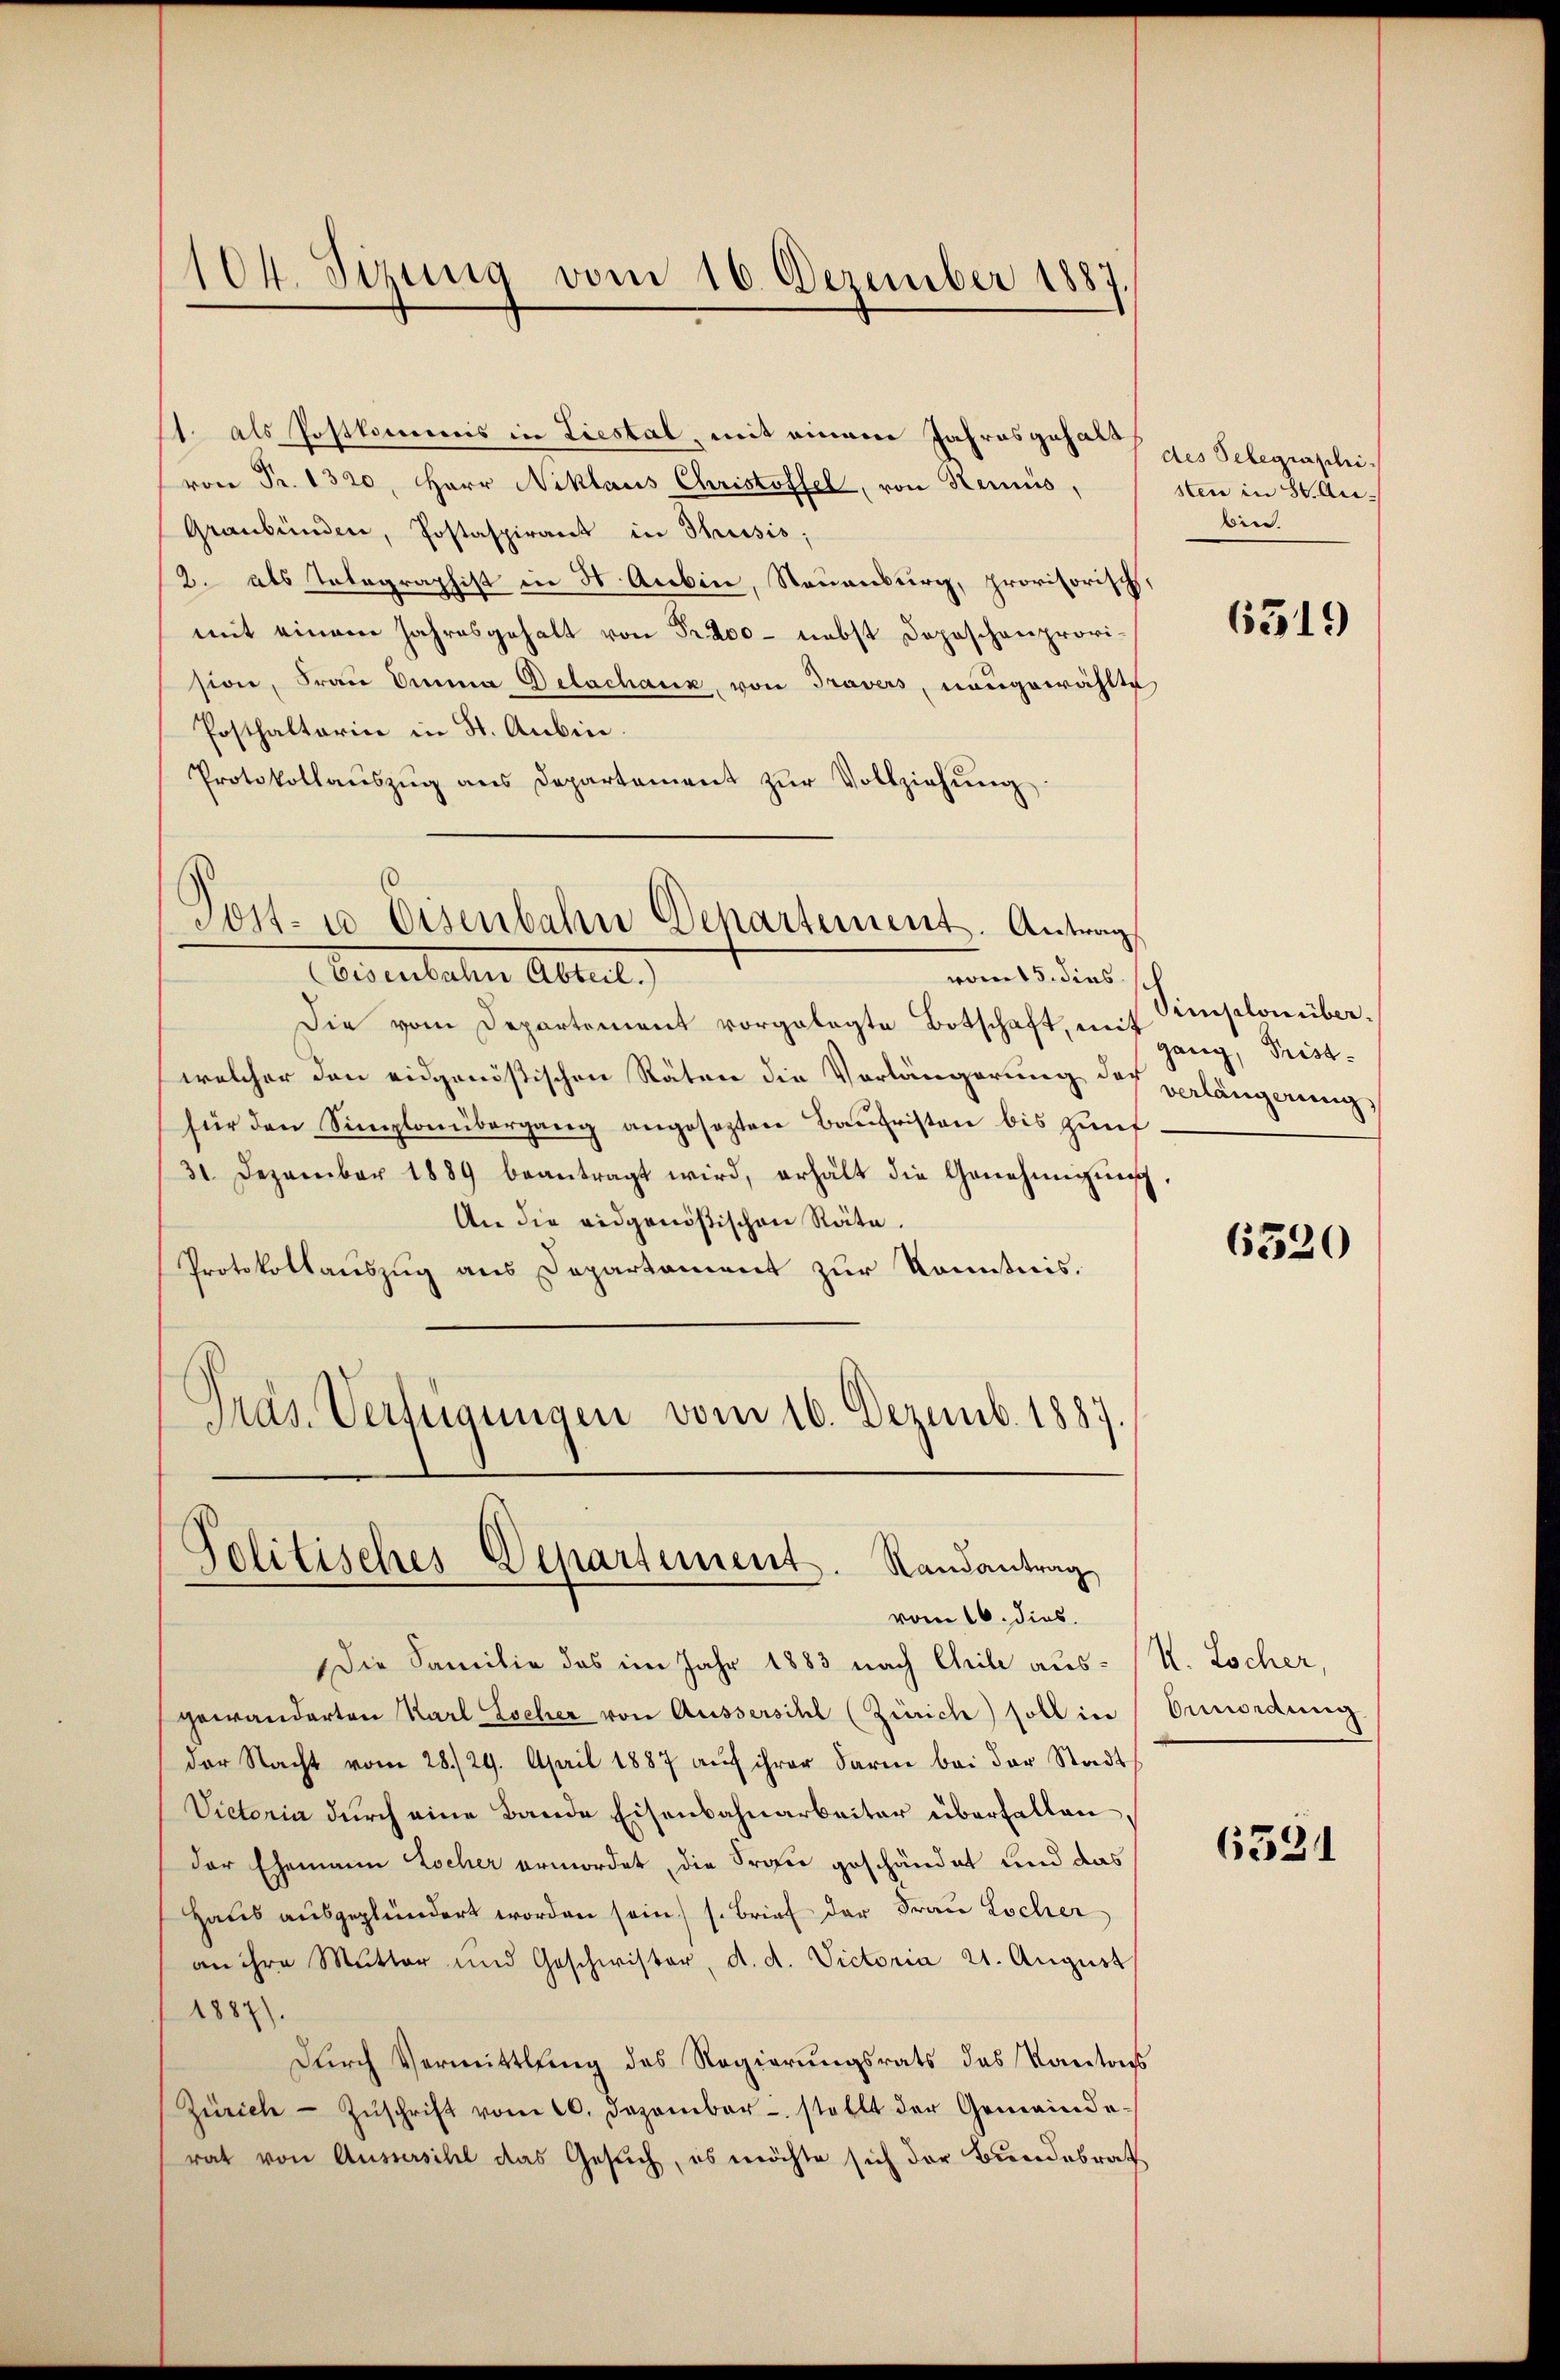
104. Sizung vom 16. Dezember 1887.

1. als Postkommis in Liestal, mit einem Jahresgehalt
von Fr. 1320, Herr Niklaus Christoffel, von Kemnis,
Graubünden, Postaspirant in Thusis;
2. als Telegraphist in H. Aubin, Steuenburg, provisorisch,
mit einem Jahresgehalt von Fr. 200 - nebst Doposchenprovision, Frau Omma Gelachanz, von Travers, neugewählte
Posthalterin in St. Anbin.
Protokollaŭszŭg ans Departement zŭr Vollziehŭng

Post- u Eisenbahn Departement. Antrag
Eesentalen Absent.
ront 5. dies

Politisches Departement. Randantrag

Die vom Departement vorgelegte Botschaft, mit Fristwelcher den eidgenössischen Räten die Vorlängerung des verlängerung
für den Simplonübergang angesezten Baufristen bis Zunf
31 Dezember 1889 beantragt wird, erhält die Genehmigŭng
An die eidgenößischen Räte.
Protokollauszug aus Departament zur Konstnis.
Pras. Verfügungen vom 16. Dezemb. 1887.

des Telegrascheisten in 30. Aubin.

vom 16. dies
Die Familie das im Jahr 1883 nach Chrile ausgewänderten Karl Locher von Äussersihl (Zürich) soll in
der Nacht vom 28./29. April 1887 auf ihrer darme bei der Stadt¬
Victoria durch eine Bande Eisenbahnarbeiter überfallen,
der Ehemann Locher ermordet, die Frau geschändet und das
Haus ausgeplündert worden sein, s. Brief der Frau Locher
an ihre Mutter und Geschwister, d. d. Victoria 21. August
1887)
durch Vermittlung des Regierungsrats das Kantons
Zürich - Zŭschrift vom 10. Dezember stellt der Gemeinde-
rat von Aussersihl das Gesuch, es möchte sich der Bundesrath

6319

Simselonüber.

6520

K. Locher,
Ordung

6331